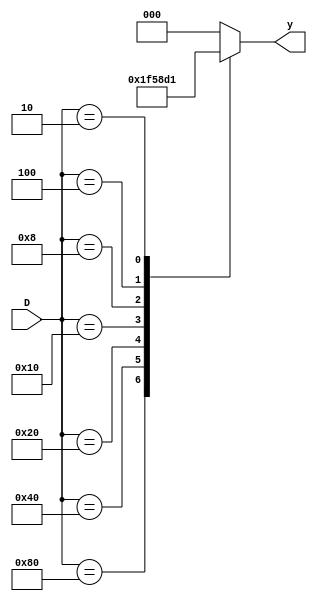
module encoder(D,y);
  input [7:0] D;
  output reg [2:0] y;
  
  always@(D) 
    begin
    casex(D)
      8'b10000000: y = 3'b111;
      8'b01000000: y = 3'b110;
      8'b00100000: y = 3'b101;
      8'b00010000: y = 3'b100;
      8'b00001000: y = 3'b011;
      8'b00000100: y = 3'b010;
      8'b00000010: y = 3'b001;
      8'b00000001: y = 3'b000;
      default: y=3'b000;
    endcase
  end
endmodule